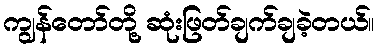
ကျွန်တော်တို့ ဆုံးဖြတ်ချက်ချခဲ့တယ်။